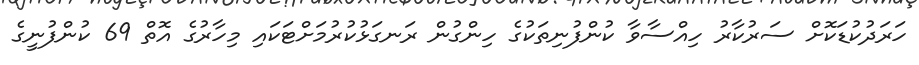
ހަރަދުކުޑަކޮށް ސަރުކާރު ހިއްސާވާ ކުންފުނިތަކުގެ ހިންގުން ރަނގަޅުކުރުމަށްޓަކައި މިހާރުގެ އޮތް 69 ކުންފުނީގެ